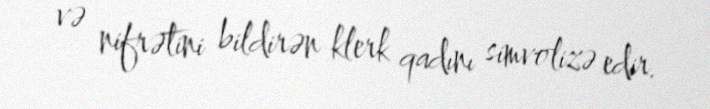
və nifrətini bildirən klerk qadını simvolizə edir.